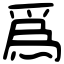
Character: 爲